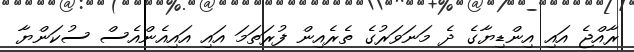
ރާއްޖެ އައި އިންޑިޔާގެ ދެ މަނަވަރުގެ ތެރެއިން ފުރަތަމަ އައި އައިއެންއެސް ސުކަންޔާ